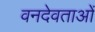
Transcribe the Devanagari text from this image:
वनदेवताओं